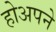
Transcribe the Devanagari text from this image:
होअपने